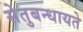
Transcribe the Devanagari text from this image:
सेतुबन्धायते